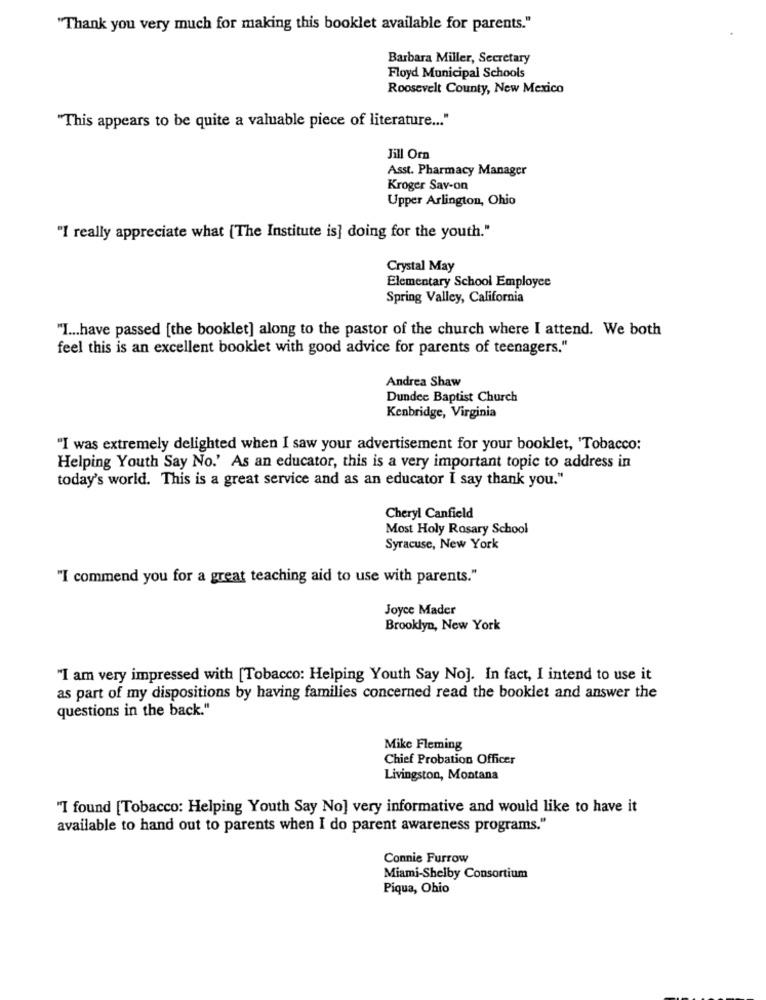
"Thank you very much for making this booklet available for parents."
Barbara Miller, Secretary
Floyd Municipal Schools
Roosevelt County, New Mexico
"This appears to be quite a valuable piece of literature ... "
Jill Orn
Asst. Pharmacy Manager
Kroger Sav-on
Upper Arlington, Ohio
"I really appreciate what [The Institute is] doing for the youth."
Crystal May
Elementary School Employee
Spring Valley, California
"I ... have passed [the booklet] along to the pastor of the church where I attend. We both
feel this is an excellent booklet with good advice for parents of teenagers."
Andrea Shaw
Dundee Baptist Church
Kenbridge, Virginia
"I was extremely delighted when I saw your advertisement for your booklet, 'Tobacco:
Helping Youth Say No.' As an educator, this is a very important topic to address in
today's world. This is a great service and as an educator I say thank you."
Cheryl Canfield
Most Holy Rosary School
Syracuse, New York
"I commend you for a great teaching aid to use with parents."
Joyce Mader
Brooklyn, New York
"I am very impressed with [Tobacco: Helping Youth Say No]. In fact, I intend to use it
as part of my dispositions by having families concerned read the booklet and answer the
questions in the back."
Mike Fleming
Chief Probation Officer
Livingston, Montana
"I found [Tobacco: Helping Youth Say No] very informative and would like to have it
available to hand out to parents when I do parent awareness programs."
Connie Furrow
Miami-Shelby Consortium
Piqua, Ohio